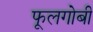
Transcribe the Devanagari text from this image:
फूलगोबी